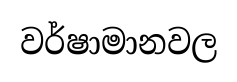
වර්ෂාමානවල